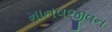
માનવજીવન